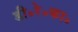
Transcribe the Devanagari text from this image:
डी॰रे॰का॰